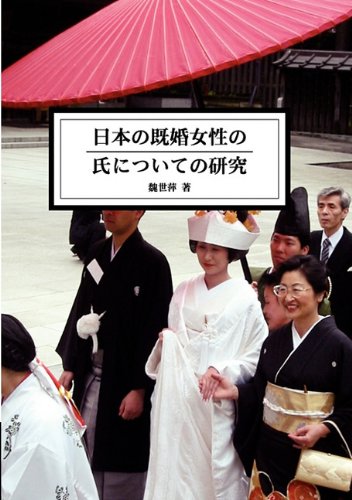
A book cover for The Study of Married Women's Surname in Japan (Japanese Edition); Shih-Ping Wey; History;